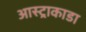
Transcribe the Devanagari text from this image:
आस्ट्राकाडा